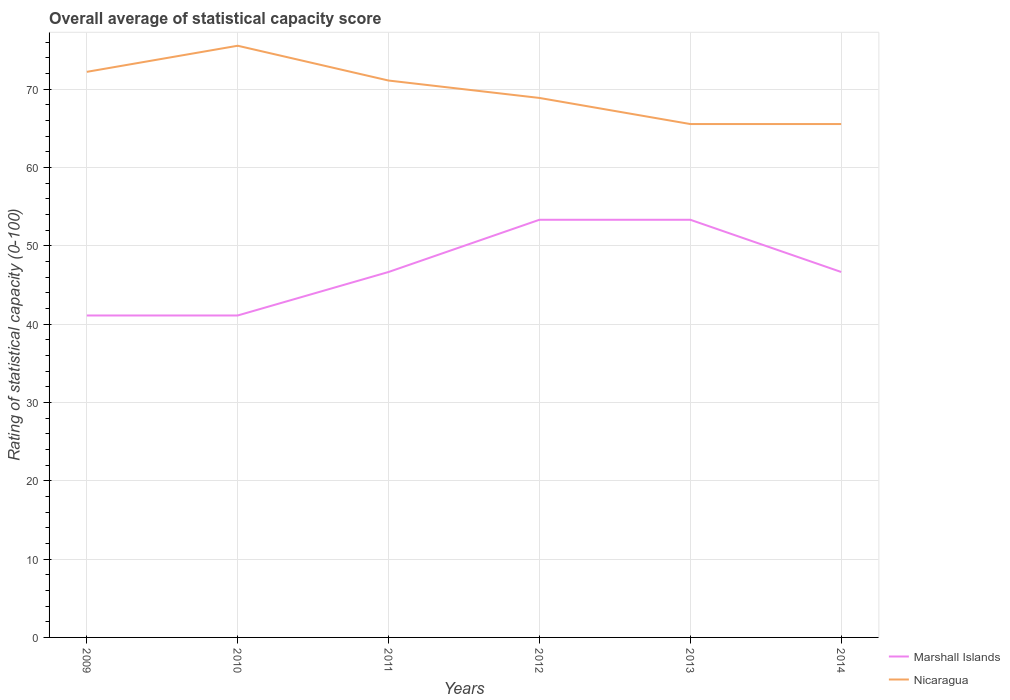
| Years | Marshall Islands | Nicaragua |
 | --- | --- | --- |
 | 2009 | 41.1 | 72.2 |
 | 2010 | 41.1 | 75.6 |
 | 2011 | 46.7 | 71.1 |
 | 2012 | 53.3 | 68.9 |
 | 2013 | 53.3 | 65.6 |
 | 2014 | 46.7 | 65.6 |